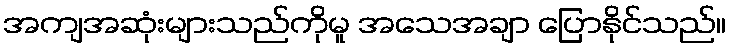
အကျအဆုံးများသည်ကိုမူ အသေအချာ ပြောနိုင်သည်။